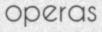
operas